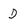
Character: D